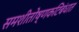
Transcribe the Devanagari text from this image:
समशीतोष्णकटिबंधात